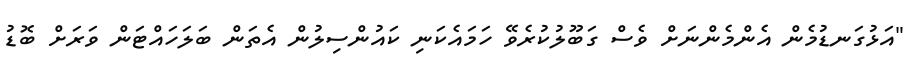
"އަޅުގަނޑުމެން އެންމެންނަށް ވެސް ގަބޫލުކުރެވޭ ހަމައެކަނި ކައުންސިލުން އެތަން ބަލަހައްޓަން ވަރަށް ބޮޑު